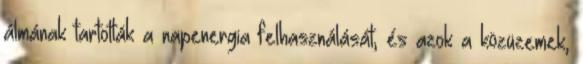
álmának tartották a napenergia felhasználását, és azok a közüzemek,